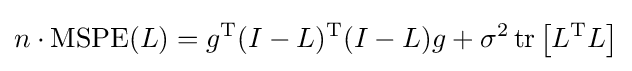
n\cdot \operatorname {MSPE} (L)=g^{\text{T}}(I-L)^{\text{T}}(I-L)g+\sigma ^{2}\operatorname {tr} \left[L^{\text{T}}L\right]